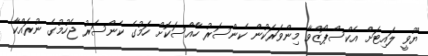
ޔޫވީ ލައިޓަށް އެކްސްޕޯޒްވާ މިންވަރަކުން ކެންސަރު ހާއްސަކޮށް ހަމުގެ ކެންސަރު ޖެހުމުގެ ނުރައްކާ